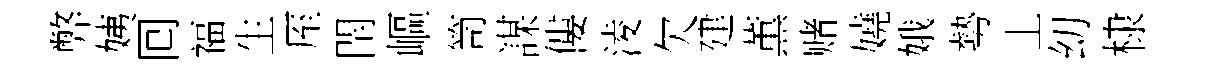
弊姨囘福生厔閈嶇笥謀僂淩欠建薫赌嬈娥勢丄㓜棣